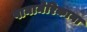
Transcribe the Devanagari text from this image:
पानामेरिकाना